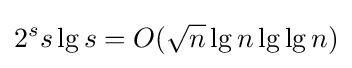
2^{s}s\lg s=O({\sqrt {n}}\lg n\lg \lg n)